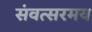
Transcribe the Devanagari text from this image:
संवत्सरमय